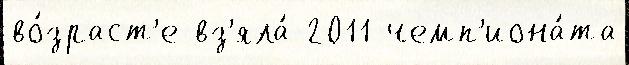
во́зраст'е вз'яла́ 2011 чемп'иона́та